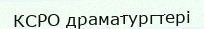
КСРО драматургтері